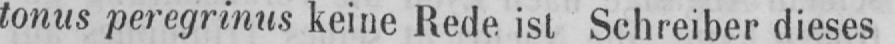
tonus peregrinus keine Rede ist Schreiber dieses